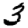
Digit: 3